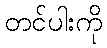
တင်ပါးကို